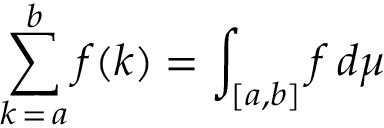
\sum _ { k \mathop { = } a } ^ { b } f ( k ) = \int _ { [ a , b ] } f \, d \mu